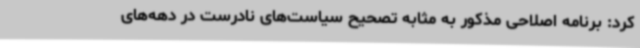
کرد: برنامه اصلاحی مذکور به مثابه تصحیح سیاست‌های نادرست در دهه‌های